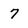
Character: 7